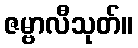
ဇမ္ဗာလီသုတ်။